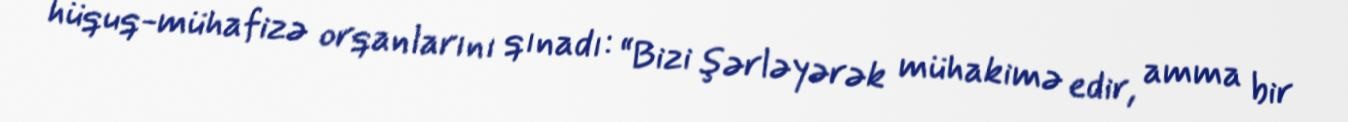
hüquq-mühafizə orqanlarını qınadı: “Bizi şərləyərək mühakimə edir, amma bir